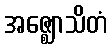
အဇ္ဈောသိတံ